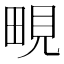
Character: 𪽔